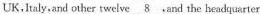
UK,Ialy and other twelve.And the headquarter